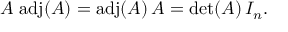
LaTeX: A \, \operatorname { a d j } ( A ) = \operatorname { a d j } ( A ) \, A = \operatorname* { d e t } ( A ) \, I _ { n } .